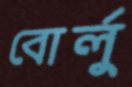
বোর্লু